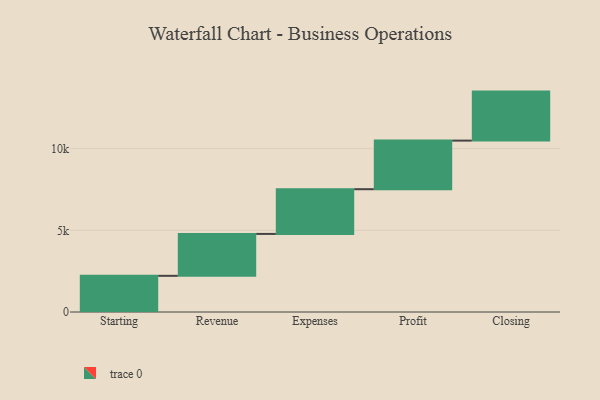
{"axis": {"x": "Step", "y": "Value"}, "legend": [""], "data": [{"x": "Starting", "y": 2214.0, "type": ""}, {"x": "Revenue", "y": 2565.0, "type": ""}, {"x": "Expenses", "y": 2737.0, "type": ""}, {"x": "Profit", "y": 2974.0, "type": ""}, {"x": "Closing", "y": 3000, "type": ""}]}